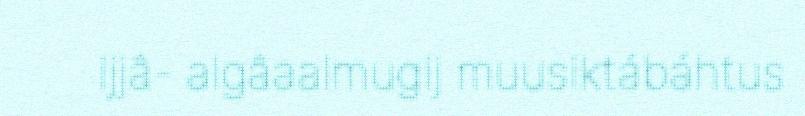
ijjâ- algâaalmugij muusiktábáhtus